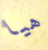
هيا